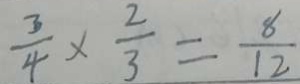
\frac { 3 } { 4 } \times \frac { 2 } { 3 } = \frac { 8 } { 1 2 }